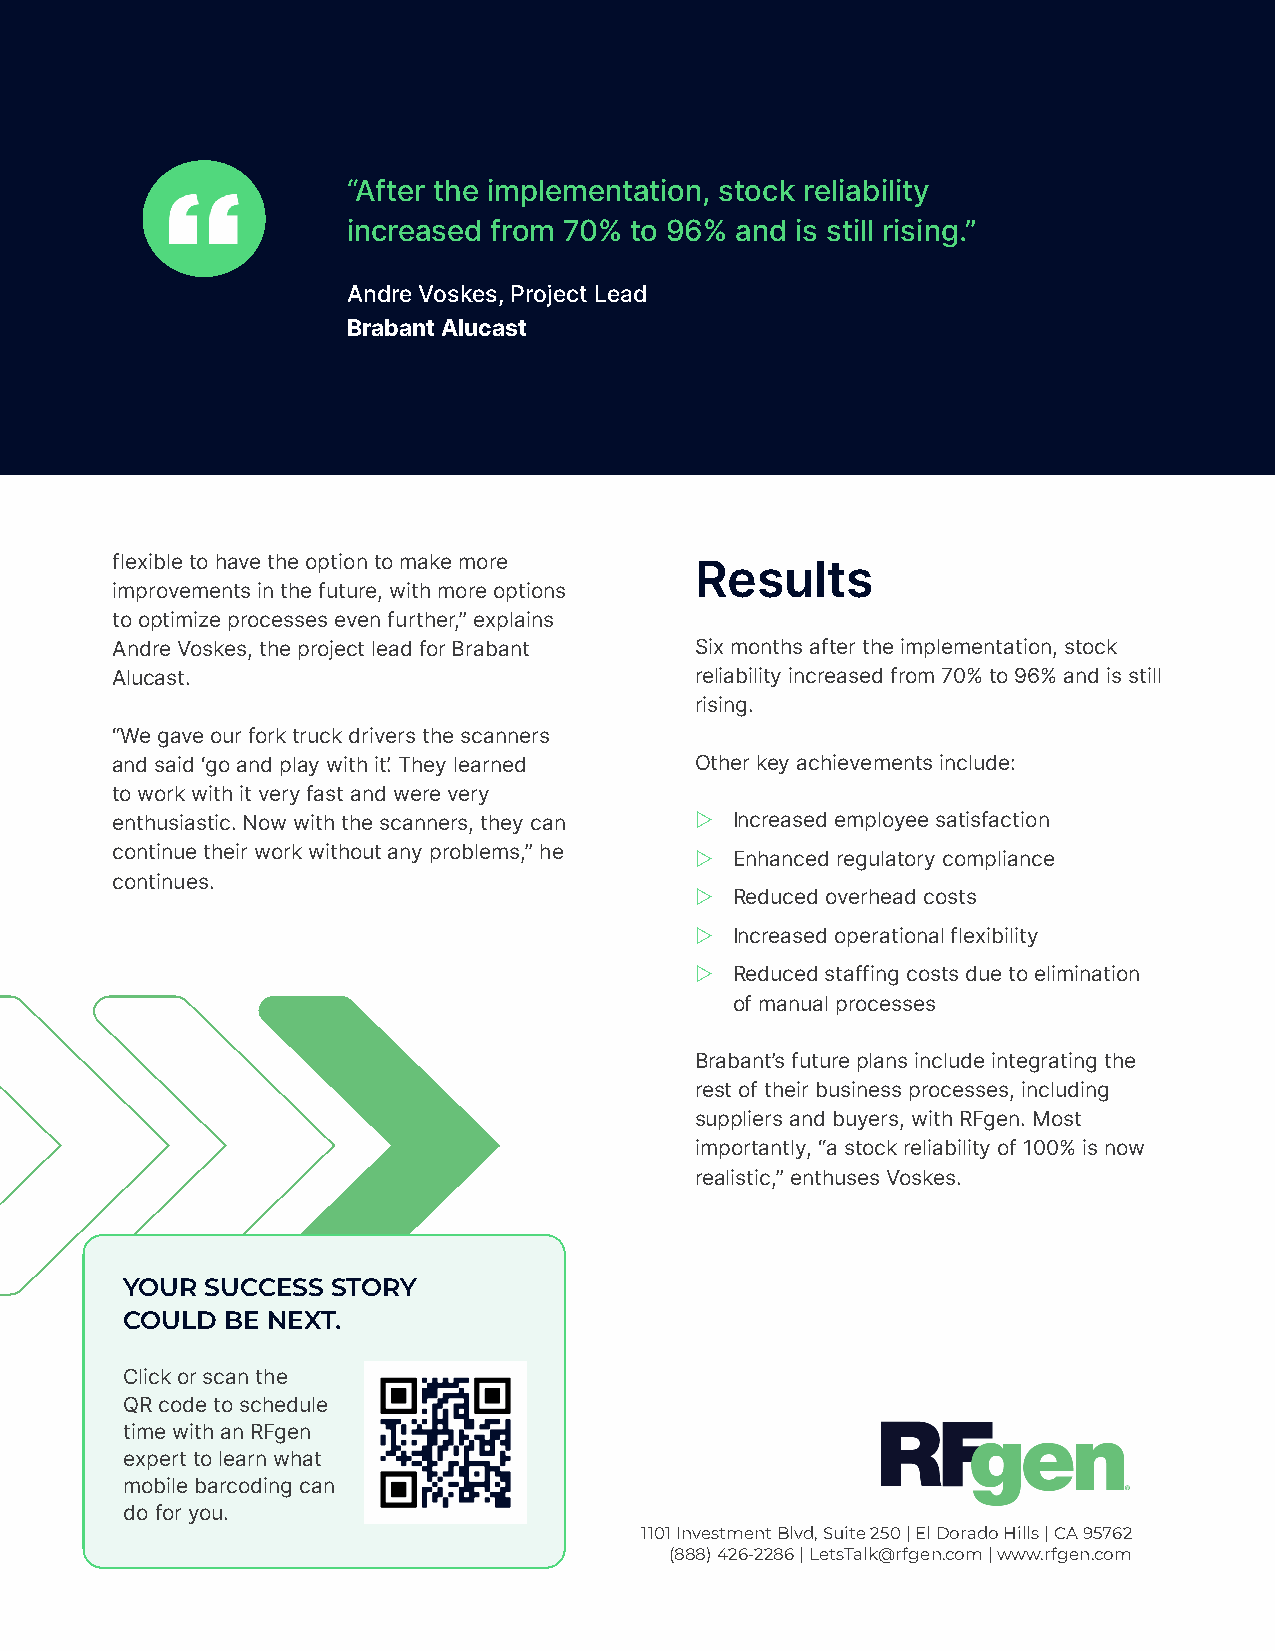
“After the implementation, stock reliability
 increased from 70% to 96% and is still rising.”
 Andre Voskes, Project Lead
 Brabant Alucast
 flexible to have the option to make more
 Results
 improvements in the future, with more options
 to optimize processes even further,” explains
 Andre Voskes, the project lead for Brabant Six months after the implementation, stock
 Alucast.                               reliability increased from 70% to 96% and is still
 rising.
 “We gave our fork truck drivers the scanners
 and said ‘go and play with it.’ They learned Other key achievements include:
 to work with it very fast and were very
 enthusiastic. Now with the scanners, they can Z Increased employee satisfaction
 continue their work without any problems,” he Z Enhanced regulatory compliance
 continues.
 Z Reduced overhead costs
 Z Increased operational flexibility
 Z Reduced staffing costs due to elimination
 of manual processes
 Brabant’s future plans include integrating the
 rest of their business processes, including
 suppliers and buyers, with RFgen. Most
 importantly, “a stock reliability of 100% is now
 realistic,” enthuses Voskes.
 YOUR  SUCCESS STORY
 COULD  BE NEXT.
 Click or scan the
 QR code to schedule
 time with an RFgen
 expert to learn what
 mobile barcoding can
 do for you.
 1101 Investment Blvd, Suite 250 | El Dorado Hills | CA 95762
 (888) 426-2286 | LetsTalk@rfgen.com | www.rfgen.com